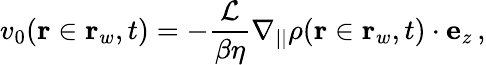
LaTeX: v_{0}(\mathbf{r}\in\mathbf{r}_{w},t)=-\frac{\mathcal{L}}{\beta\eta}\nabla_{||}\rho(\mathbf{r}\in\mathbf{r}_{w},t)\cdot\textbf{e}_{z}\, ,